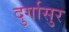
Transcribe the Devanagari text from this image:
दुर्गासुर